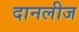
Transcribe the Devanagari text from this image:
दानलीज